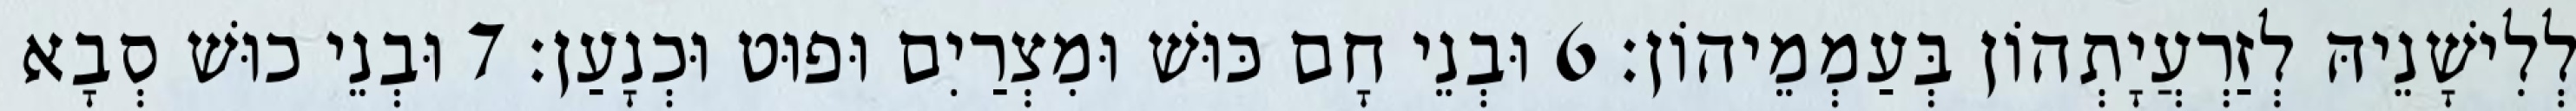
לְלִישָׁנֵיהּ לְזַרְעֲיָתְהוֹן בְּעַמְמֵיהוֹן׃ 6 וּבְנֵי חָם כּוּשׁ וּמִצְרַיִם וּפוּט וּכְנָעַן׃ 7 וּבְנֵי כוּשׁ סְבָא